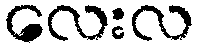
လေးလ